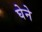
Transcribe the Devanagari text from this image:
घेने